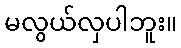
မလွယ်လှပါဘူး။